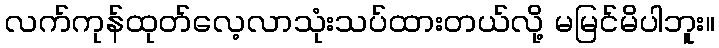
လက်ကုန်ထုတ်လေ့လာသုံးသပ်ထားတယ်လို့ မမြင်မိပါဘူး။